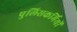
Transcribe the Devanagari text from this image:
पुलिसकर्मियों